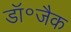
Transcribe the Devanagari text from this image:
डॉ॰जैक